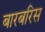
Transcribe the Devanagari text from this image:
बारबरिस